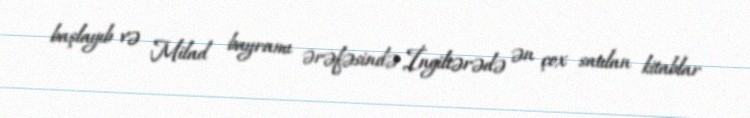
başlayıb və Milad bayramı ərəfəsində İngiltərədə ən çox satılan kitablar